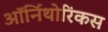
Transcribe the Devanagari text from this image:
ऑर्निथोरिंकस